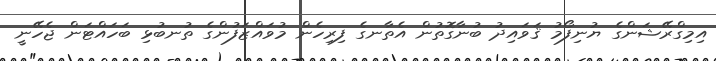
އިމިގްރޭޝަންގެ ޔުނިފޯމު ޤަވައިދު ބުނާގޮތުން އެތާނގެ ފިރިހެން މުވައްޒަފުންގެ ތުނބުޅި ބަހައްޓަން ޖެހޭނީ